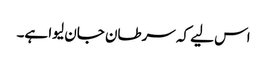
اس لیے کہ سرطان جان لیوا ہے۔